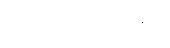
စေတောဝိမုတ္တိံပေ